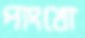
পাংখো